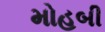
મોહબી